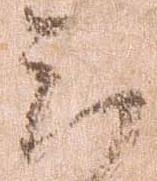
云